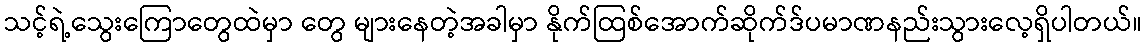
သင့်ရဲ့သွေးကြောတွေထဲမှာ တွေ များနေတဲ့အခါမှာ နိုက်ထြစ်အောက်ဆိုက်ဒ်ပမာဏနည်းသွားလေ့ရှိပါတယ်။